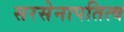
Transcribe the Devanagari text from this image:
सरसेनापतित्व